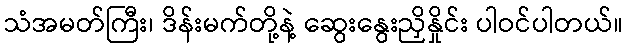
သံအမတ်ကြီး၊ ဒိန်းမက်တို့နဲ့ ဆွေးနွေးညှိနှိုင်း ပါဝင်ပါတယ်။